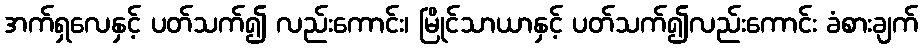
အက်ရှလေနှင့် ပတ်သက်၍ လည်းကောင်း၊ မြိုင်သာယာနှင့် ပတ်သက်၍လည်းကောင်း ခံစားချက်